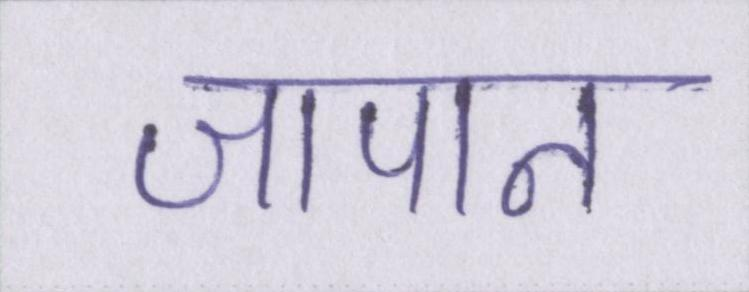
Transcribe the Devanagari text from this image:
जापान